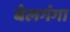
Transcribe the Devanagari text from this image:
बेलगंगा